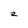
Character: z